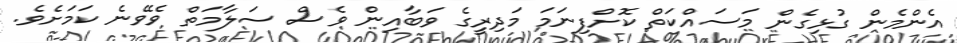
އެންމެން ގުޅިގެން މަސައްކަތް ކޮށްފިނަމަ މަދިރީގެ ވަބާއިން ވެސް ސަލާމަތް ވެވޭނެ ކަމަށެވެ.